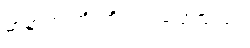
မာနာက တိုးတို ကပ်ပြောသည်။